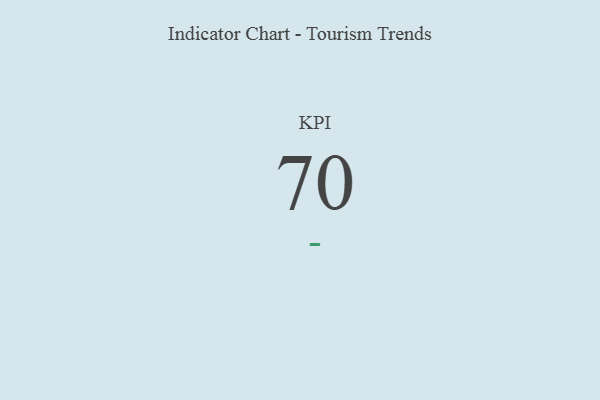
{"axis": {"x": "KPI", "y": "Value"}, "legend": [""], "data": [{"x": "KPI", "y": 70, "type": ""}]}